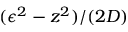
( \epsilon ^ { 2 } - z ^ { 2 } ) / ( 2 D )